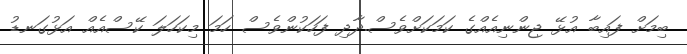
ބިމަށް ފައިބާ އުޅޭ ޖިންނިއެއްގެ ކަމަކަށްވެސް.ދާދި ފަހަކުންވެސް ހަމަ މިކަހަލަ ކޭސްއެއް އަޅުގަނޑު